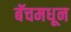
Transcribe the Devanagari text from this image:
बॅचमधून